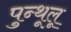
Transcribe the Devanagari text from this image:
पुन्थूलू